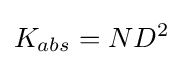
K_{abs}=ND^{2}